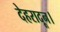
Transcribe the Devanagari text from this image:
देहरादून।